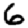
Digit: 6